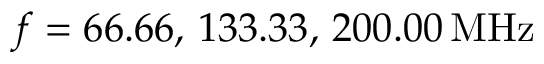
f = 6 6 . 6 6 , \, 1 3 3 . 3 3 , \, 2 0 0 . 0 0 \, \mathrm { M H z }